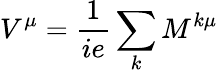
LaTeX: V^{\mu}=\frac{1}{ie}\sum_{k}M^{k\mu}